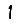
Digit: 1